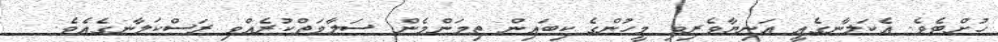
ހުށްޓެވެ. އެކަލާނގެއީ އަނިޔާވެރިވި މީހުންގެ ކިބައިން ތިމަންމެން ސަލާމަތްކުރެއްވި ރަސްކަލާނގެއެވެ.